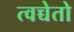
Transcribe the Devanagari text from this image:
त्वच्चेतो